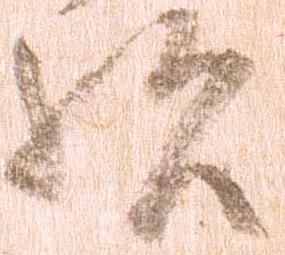
歟